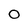
Character: O